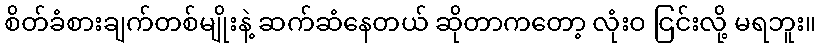
စိတ်ခံစားချက်တစ်မျိုးနဲ့ ဆက်ဆံနေတယ် ဆိုတာကတော့ လုံးဝ ငြင်းလို့ မရဘူး။